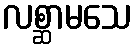
လစ္ဆာမသေ